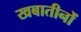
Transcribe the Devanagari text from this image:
खबातीनों